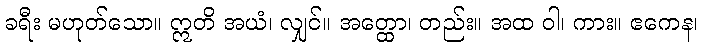
ခရီး မဟုတ်သော။ ဣတိ အယံ၊ လျှင်။ အတ္ထော၊ တည်း။ အထ ဝါ၊ ကား။ ဧကေန၊